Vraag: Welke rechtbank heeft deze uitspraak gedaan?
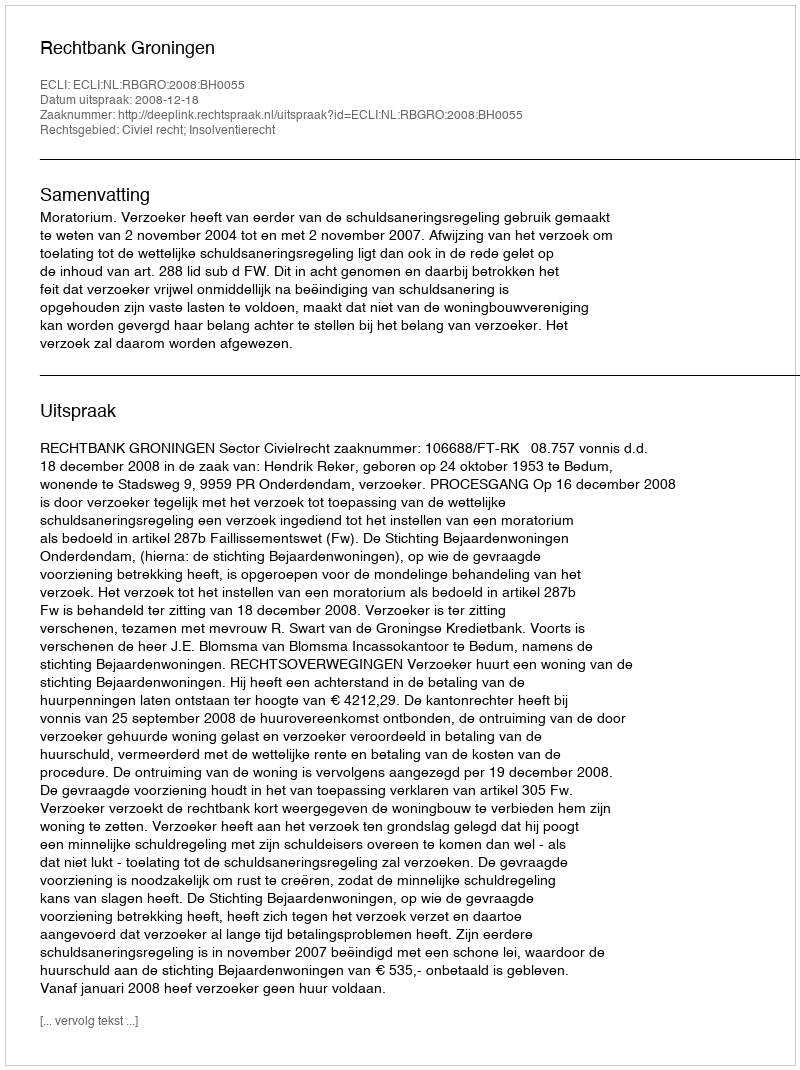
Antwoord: Rechtbank Groningen